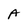
Character: A